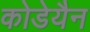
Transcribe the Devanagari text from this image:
कोडेयैन